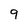
Character: 9